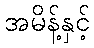
အမိန့်နှင့်